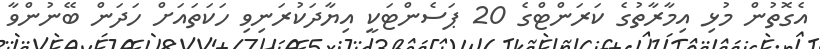
އެގޮތުން މުޅި އިމާރާތުގެ ކަރަންޓްގެ 20 ޕަސެންޓަކީ އިޔާދަކުރަނިވި ހަކަތައަށް ހަދަން ބޭނުންވާ